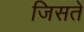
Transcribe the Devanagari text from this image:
जिसतें